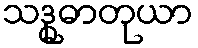
သဒ္ဓုဓာတုယာ